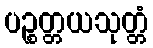
ပဉ္စတ္တယသုတ္တံ